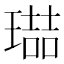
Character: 𭹶